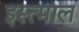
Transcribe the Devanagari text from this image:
इस्त्माल